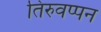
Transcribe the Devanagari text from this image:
तिरुवप्पन